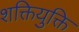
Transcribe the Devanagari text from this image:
शक्तियुक्ति